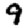
Digit: 9